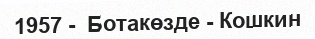
1957 -  Ботакөзде - Кошкин